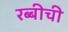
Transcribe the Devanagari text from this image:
रब्बीची